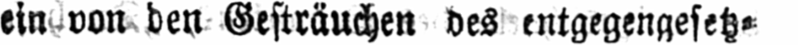
ein von den Gesträuchen des entgegengesetz⸗